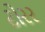
ટોરર